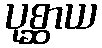
ပုစ္ဆာယ